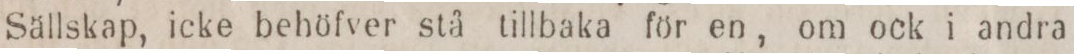
Sällskap, icke behöfver stå tillbaka för en, om ock i andra